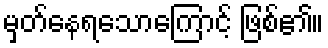
မှတ်နေရသောကြောင့် ဖြစ်၏။